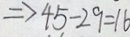
\Rightarrow 4 5 - 2 9 = 1 6